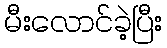
မီးလောင်ခဲ့ပြီး